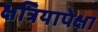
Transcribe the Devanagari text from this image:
क्षत्रियापेक्षा